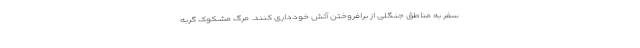
سفر به مناطق جنگلی از برافروختن آتش خودداری کنند. مرگ مشکوک گربه‌